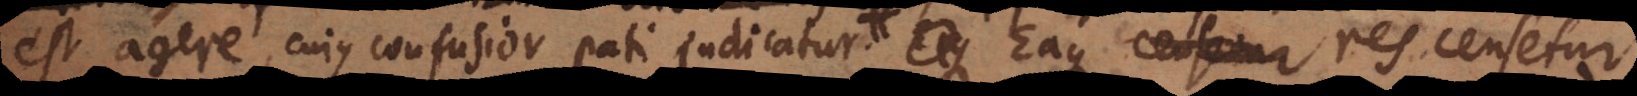
est agere, cujus confusior pati judicatur, Eaque res censetur